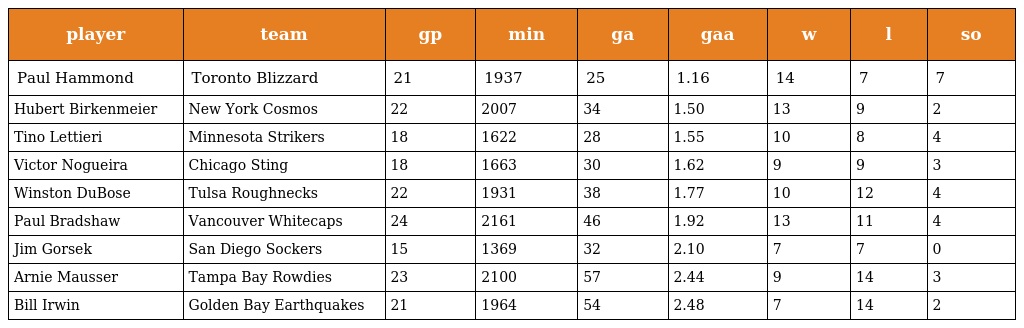
| player | team | gp | min | ga | gaa | w | l | so |
 | --- | --- | --- | --- | --- | --- | --- | --- | --- |
 | Paul Hammond | Toronto Blizzard | 21 | 1937 | 25 | 1.16 | 14 | 7 | 7 |
 | Hubert Birkenmeier | New York Cosmos | 22 | 2007 | 34 | 1.50 | 13 | 9 | 2 |
 | Tino Lettieri | Minnesota Strikers | 18 | 1622 | 28 | 1.55 | 10 | 8 | 4 |
 | Victor Nogueira | Chicago Sting | 18 | 1663 | 30 | 1.62 | 9 | 9 | 3 |
 | Winston DuBose | Tulsa Roughnecks | 22 | 1931 | 38 | 1.77 | 10 | 12 | 4 |
 | Paul Bradshaw | Vancouver Whitecaps | 24 | 2161 | 46 | 1.92 | 13 | 11 | 4 |
 | Jim Gorsek | San Diego Sockers | 15 | 1369 | 32 | 2.10 | 7 | 7 | 0 |
 | Arnie Mausser | Tampa Bay Rowdies | 23 | 2100 | 57 | 2.44 | 9 | 14 | 3 |
 | Bill Irwin | Golden Bay Earthquakes | 21 | 1964 | 54 | 2.48 | 7 | 14 | 2 |